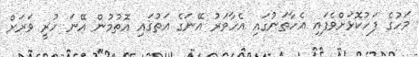
މަހުގެ ފަހުކޮޅަށްވެފައި އެހާތަނުގައި އެހާވަރު އޭނަގެ އަތުގައި އޮތުމުން އޭނަ ހުރީ ވަރަށް